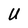
Character: U